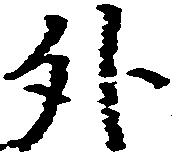
外